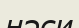
нәси